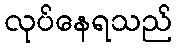
လုပ်နေရသည်